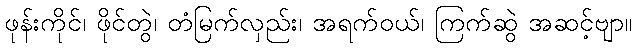
ဖုန်းကိုင်၊ ဖိုင်တွဲ၊ တံမြက်လှည်း၊ အရက်ဝယ်၊ ကြက်ဆွဲ အဆင့်ဗျာ။